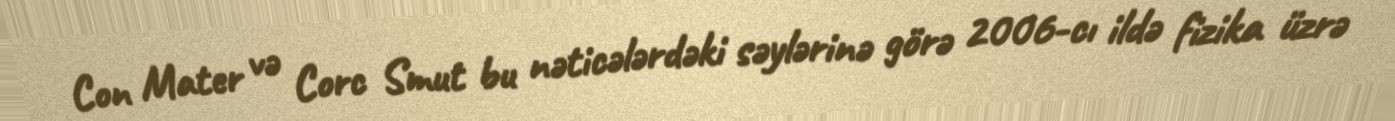
Con Mater və Corc Smut bu nəticələrdəki səylərinə görə 2006-cı ildə fizika üzrə